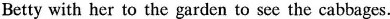
Betty with her to the garden to see the cabbages.